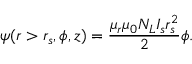
\psi ( r > r _ { s } , \phi , z ) = \frac { \mu _ { r } \mu _ { 0 } N _ { L } I _ { s } r _ { s } ^ { 2 } } { 2 } \phi .